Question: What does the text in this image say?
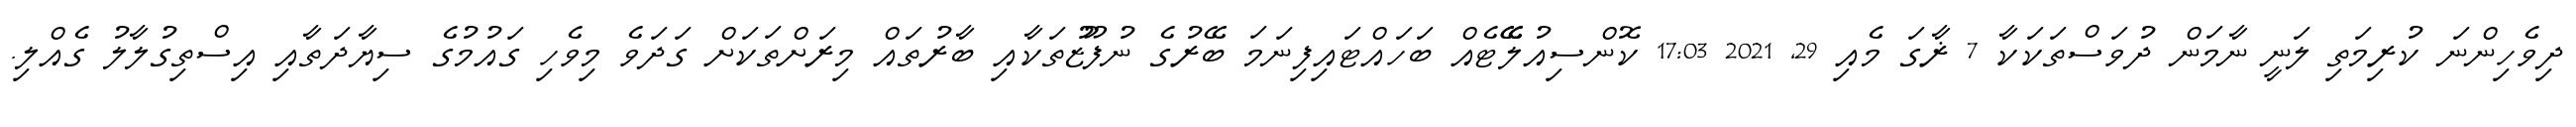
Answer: ދިވެހިންނަ ކުރިމަތި ލަނީ ނާމަން ދުވަސްތަކަކާ 7 ޜާގަ މެއި 29, 2021 17:03 ކޮންސިއުލޭޭޓެއް ބަހައްޓައިފިނަމަ ބޭރުގެ ނުފޫޒުތަކާއި ބާރުތައް މިރަށްތަކަށް ގަދަވެ މިވެހި ގައުމުގެ ސިޔާދަތާއި އިސްތިގުލާލު ގެއްލި.